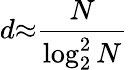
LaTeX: d{\approx}\frac{N}{\log_{2}^{2}N}